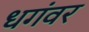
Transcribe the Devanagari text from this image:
धगंवर